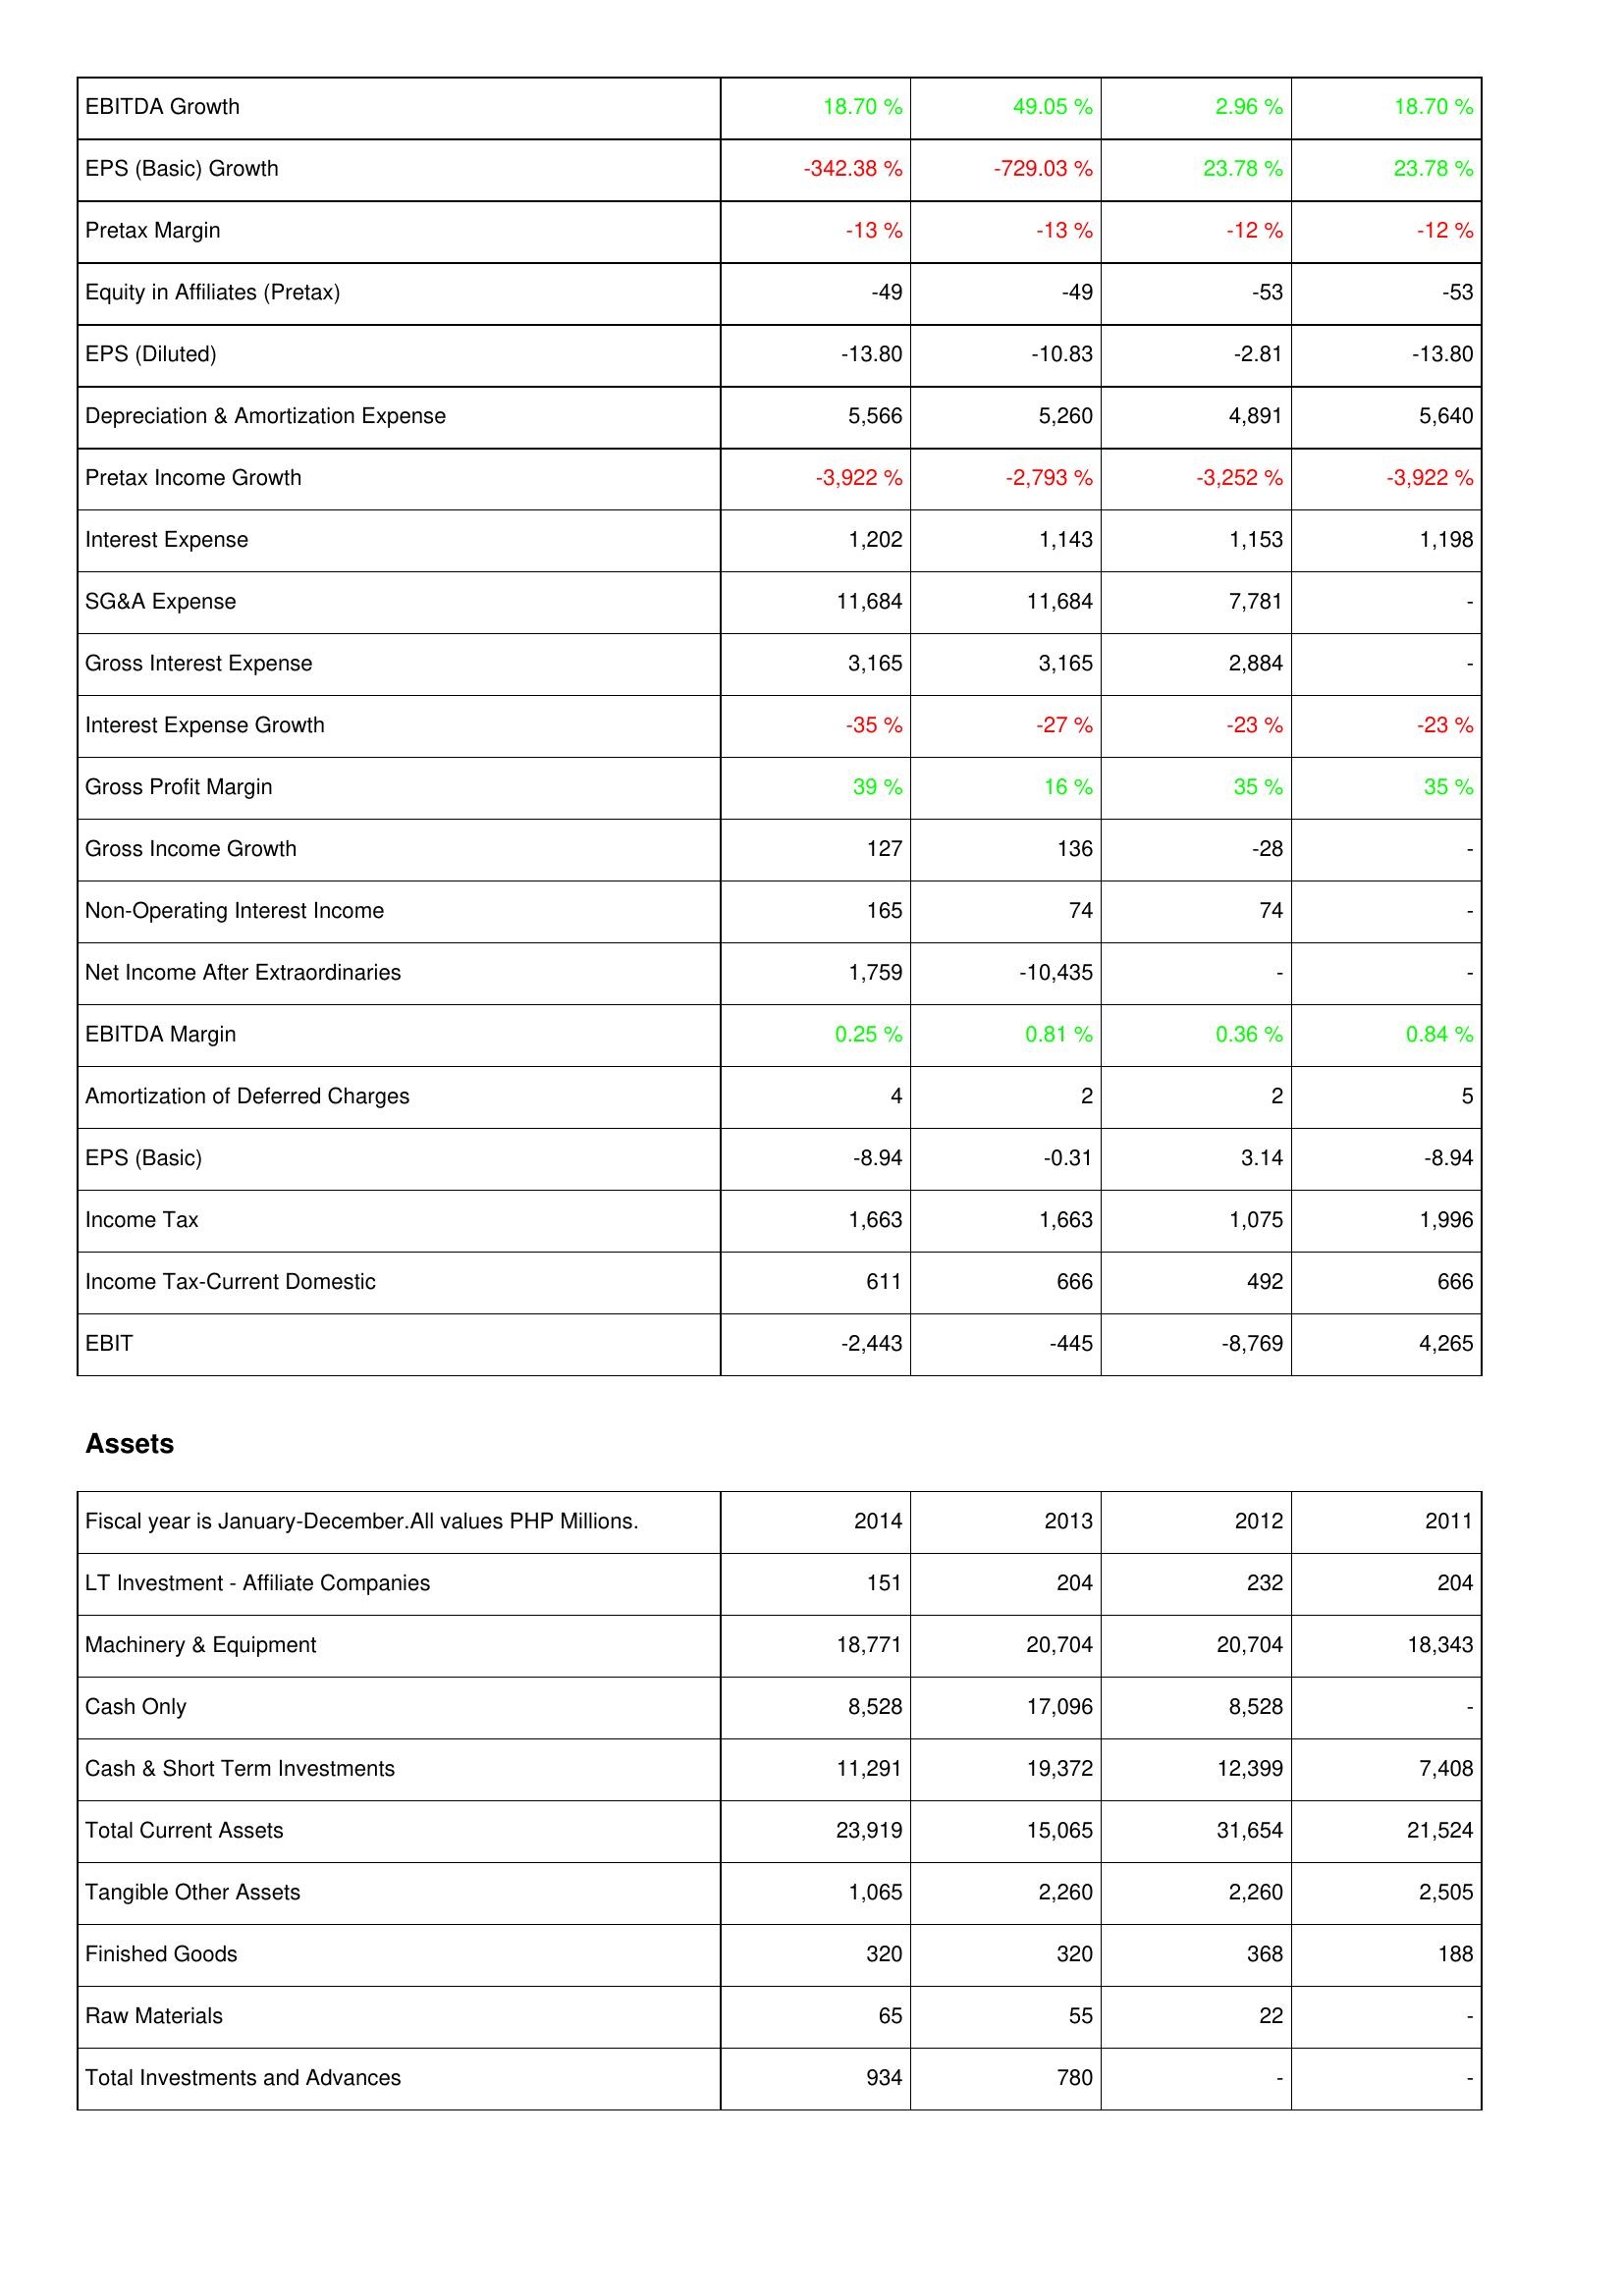
2014: Income Statement: EBITDA Growth: 18.70 %
EPS (Basic) Growth: -342.38 %
Pretax Margin: -13 %
Equity in Affiliates (Pretax): -49
EPS (Diluted): -13.80
Depreciation & Amortization Expense: 5,566
Pretax Income Growth: -3,922 %
Interest Expense: 1,202
SG&A Expense: 11,684
Gross Interest Expense: 3,165
Interest Expense Growth: -35 %
Gross Profit Margin: 39 %
Gross Income Growth: 127
Non-Operating Interest Income: 165
Net Income After Extraordinaries: 1,759
EBITDA Margin: 0.25 %
Amortization of Deferred Charges: 4
EPS (Basic): -8.94
Income Tax: 1,663
Income Tax-Current Domestic: 611
EBIT: -2,443
Assets: LT Investment - Affiliate Companies: 151
Machinery & Equipment: 18,771
Cash Only: 8,528
Cash & Short Term Investments: 11,291
Total Current Assets: 23,919
Tangible Other Assets: 1,065
Finished Goods: 320
Raw Materials: 65
Total Investments and Advances: 934
2013: Income Statement: EBITDA Growth: 49.05 %
EPS (Basic) Growth: -729.03 %
Pretax Margin: -13 %
Equity in Affiliates (Pretax): -49
EPS (Diluted): -10.83
Depreciation & Amortization Expense: 5,260
Pretax Income Growth: -2,793 %
Interest Expense: 1,143
SG&A Expense: 11,684
Gross Interest Expense: 3,165
Interest Expense Growth: -27 %
Gross Profit Margin: 16 %
Gross Income Growth: 136
Non-Operating Interest Income: 74
Net Income After Extraordinaries: -10,435
EBITDA Margin: 0.81 %
Amortization of Deferred Charges: 2
EPS (Basic): -0.31
Income Tax: 1,663
Income Tax-Current Domestic: 666
EBIT: -445
Assets: LT Investment - Affiliate Companies: 204
Machinery & Equipment: 20,704
Cash Only: 17,096
Cash & Short Term Investments: 19,372
Total Current Assets: 15,065
Tangible Other Assets: 2,260
Finished Goods: 320
Raw Materials: 55
Total Investments and Advances: 780
2012: Income Statement: EBITDA Growth: 2.96 %
EPS (Basic) Growth: 23.78 %
Pretax Margin: -12 %
Equity in Affiliates (Pretax): -53
EPS (Diluted): -2.81
Depreciation & Amortization Expense: 4,891
Pretax Income Growth: -3,252 %
Interest Expense: 1,153
SG&A Expense: 7,781
Gross Interest Expense: 2,884
Interest Expense Growth: -23 %
Gross Profit Margin: 35 %
Gross Income Growth: -28
Non-Operating Interest Income: 74
Net Income After Extraordinaries: -
EBITDA Margin: 0.36 %
Amortization of Deferred Charges: 2
EPS (Basic): 3.14
Income Tax: 1,075
Income Tax-Current Domestic: 492
EBIT: -8,769
Assets: LT Investment - Affiliate Companies: 232
Machinery & Equipment: 20,704
Cash Only: 8,528
Cash & Short Term Investments: 12,399
Total Current Assets: 31,654
Tangible Other Assets: 2,260
Finished Goods: 368
Raw Materials: 22
Total Investments and Advances: -
2011: Income Statement: EBITDA Growth: 18.70 %
EPS (Basic) Growth: 23.78 %
Pretax Margin: -12 %
Equity in Affiliates (Pretax): -53
EPS (Diluted): -13.80
Depreciation & Amortization Expense: 5,640
Pretax Income Growth: -3,922 %
Interest Expense: 1,198
SG&A Expense: -
Gross Interest Expense: -
Interest Expense Growth: -23 %
Gross Profit Margin: 35 %
Gross Income Growth: -
Non-Operating Interest Income: -
Net Income After Extraordinaries: -
EBITDA Margin: 0.84 %
Amortization of Deferred Charges: 5
EPS (Basic): -8.94
Income Tax: 1,996
Income Tax-Current Domestic: 666
EBIT: 4,265
Assets: LT Investment - Affiliate Companies: 204
Machinery & Equipment: 18,343
Cash Only: -
Cash & Short Term Investments: 7,408
Total Current Assets: 21,524
Tangible Other Assets: 2,505
Finished Goods: 188
Raw Materials: -
Total Investments and Advances: -